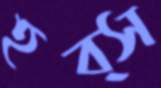
হব্স